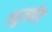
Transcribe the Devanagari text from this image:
न्यूज़फीड